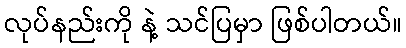
လုပ်နည်းကို နဲ့ သင်ပြမှာ ဖြစ်ပါတယ်။